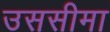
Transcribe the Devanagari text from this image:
उससीमा